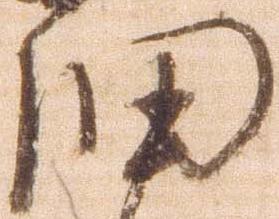
細